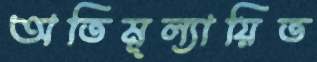
অতিমূল্যায়িত